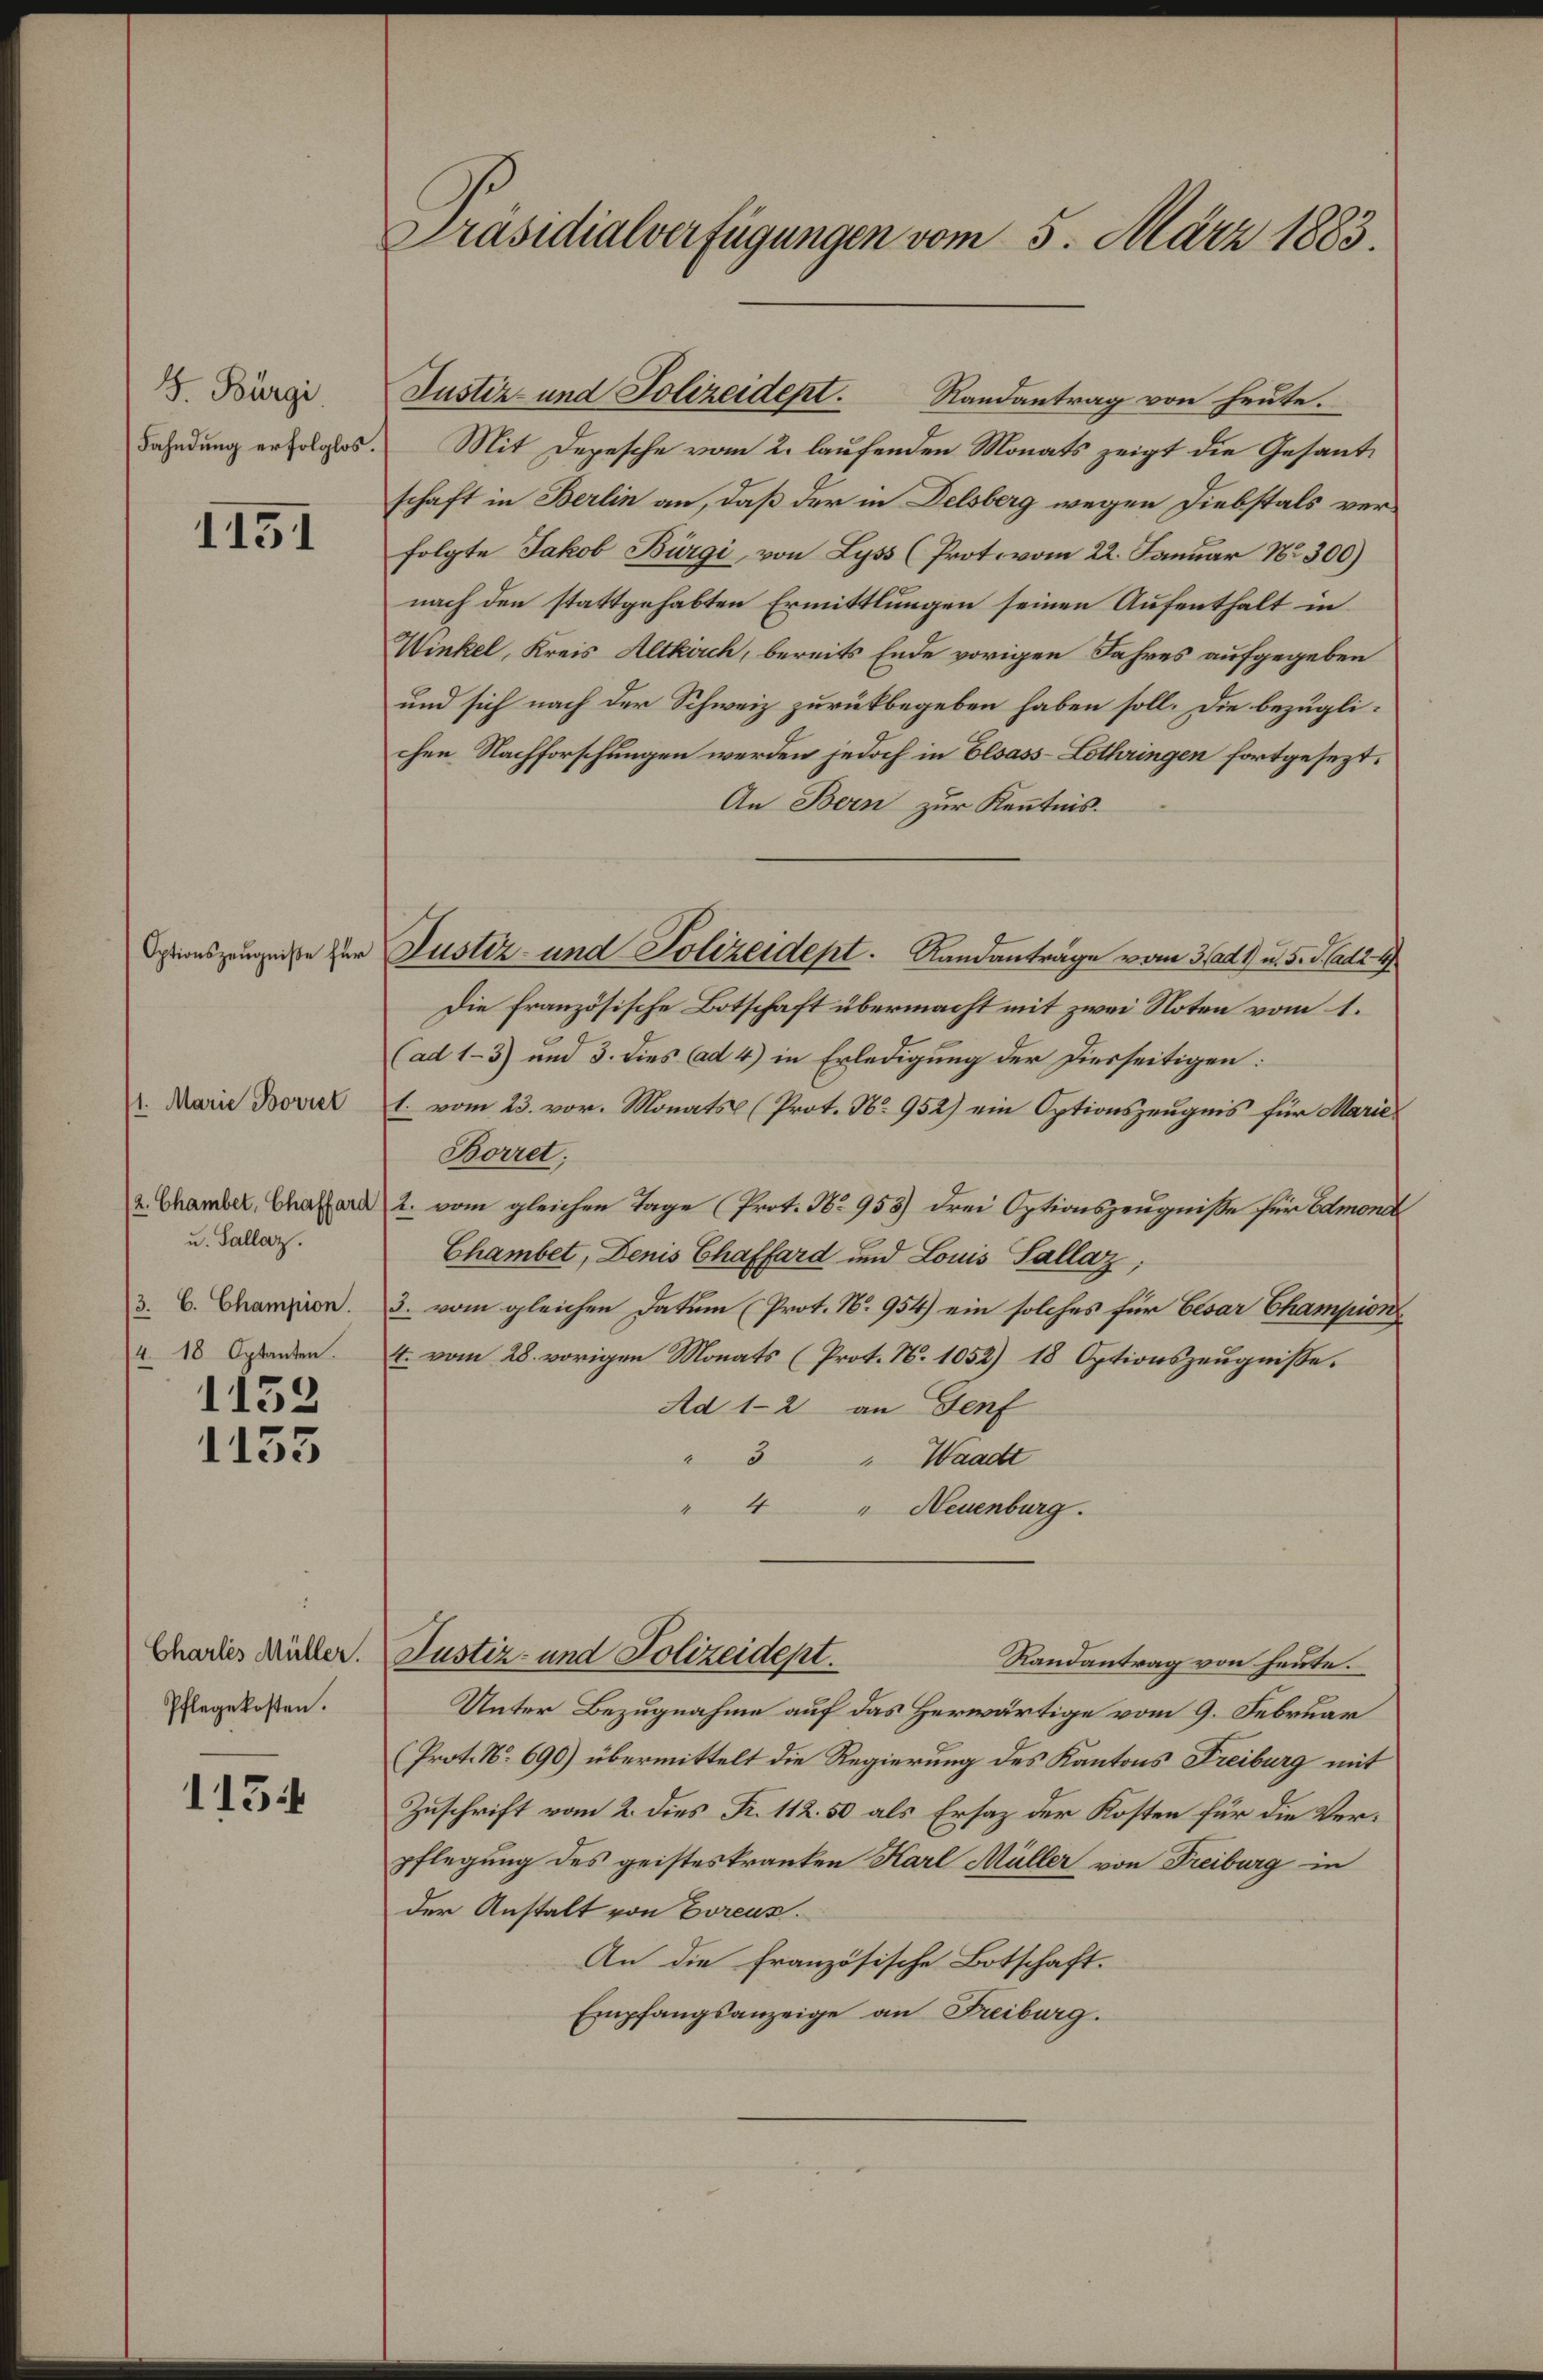
J. Bürgi

1151

/1. Marie Boviel
u. Sallaz.
/3. C. Champion.
4. 18 Aptanten.
1152

1135

Charleis Müller.
Pflegekosten.

1134

Präsidialverfügungen vom 5. März 1883.

Fahndung erfolglos. Mit Depesche vom 2. laufenden Monats zeigt die Gesandschaft in Berlin an, daß der in Delsberg wegen Diebstals verfolgte Jakob Bürgi, von Lyss (Prot. vom 22. Januar 182300)
nach den stattgehabten Ermittlungen seinen Aufenthalt in
Winkel, Kreis Altkirch, bereits Ende vorigen Jahres aufgegeben
und sich nach der Schweiz zurückbegeben haben soll. Die bezüglichen Nachforschungen werden jedoch in Elsass-Lothringen fortgesezt.
An Bern zur Kenntnis.
Die französische Botschaft übermacht mit zwei Noten vom 1.
(ad 1-3) und 3. dies (ad 4) in Erledigung der Diesseitigen:
1. vom 23. vor. Monats (Prot. No 952) ein Optionszeugnis für Marie
Borret;
u. Chamber, Charara 2. vom gleichen Tage (Prot. No 953) drei Optionszeugniße für Admona
Chambet, Denis Chaffard und Louis Sallaz
3. vom gleichen Datum (Prot. N. 954) ein solches für Cesar Champion
4. vom 28. vorigen Monats (Prot. N. 1052) 18 Optionszeugnisse.
Ad 1-2 an Genf
3
 Waadt

" Neuenburg.
Justiz- und Polizeidept.
Randantrag von heute.
Unter Bezugnahme auf das Herwärtige vom 9. Februar
(Prot. No. 690) übermittelt die Regierung des Kantons Freiburg mit
Zuschrift vom 2. dies Fr. 112.50 als Ersaz der Kosten für die Verpflegung des geisteskranken Karl Müller von Freiburg in
der Anstalt von Boreus
An die französische Botschaft.
Empfangsanzeige an Freiburg.

Justiz- und Polizeidept. Randantrag von heute.

Sptionszeugniße zur Justiz- und Polizeident. Landanträge vom 3. ad 1. u. 5. J. ad 2. 49